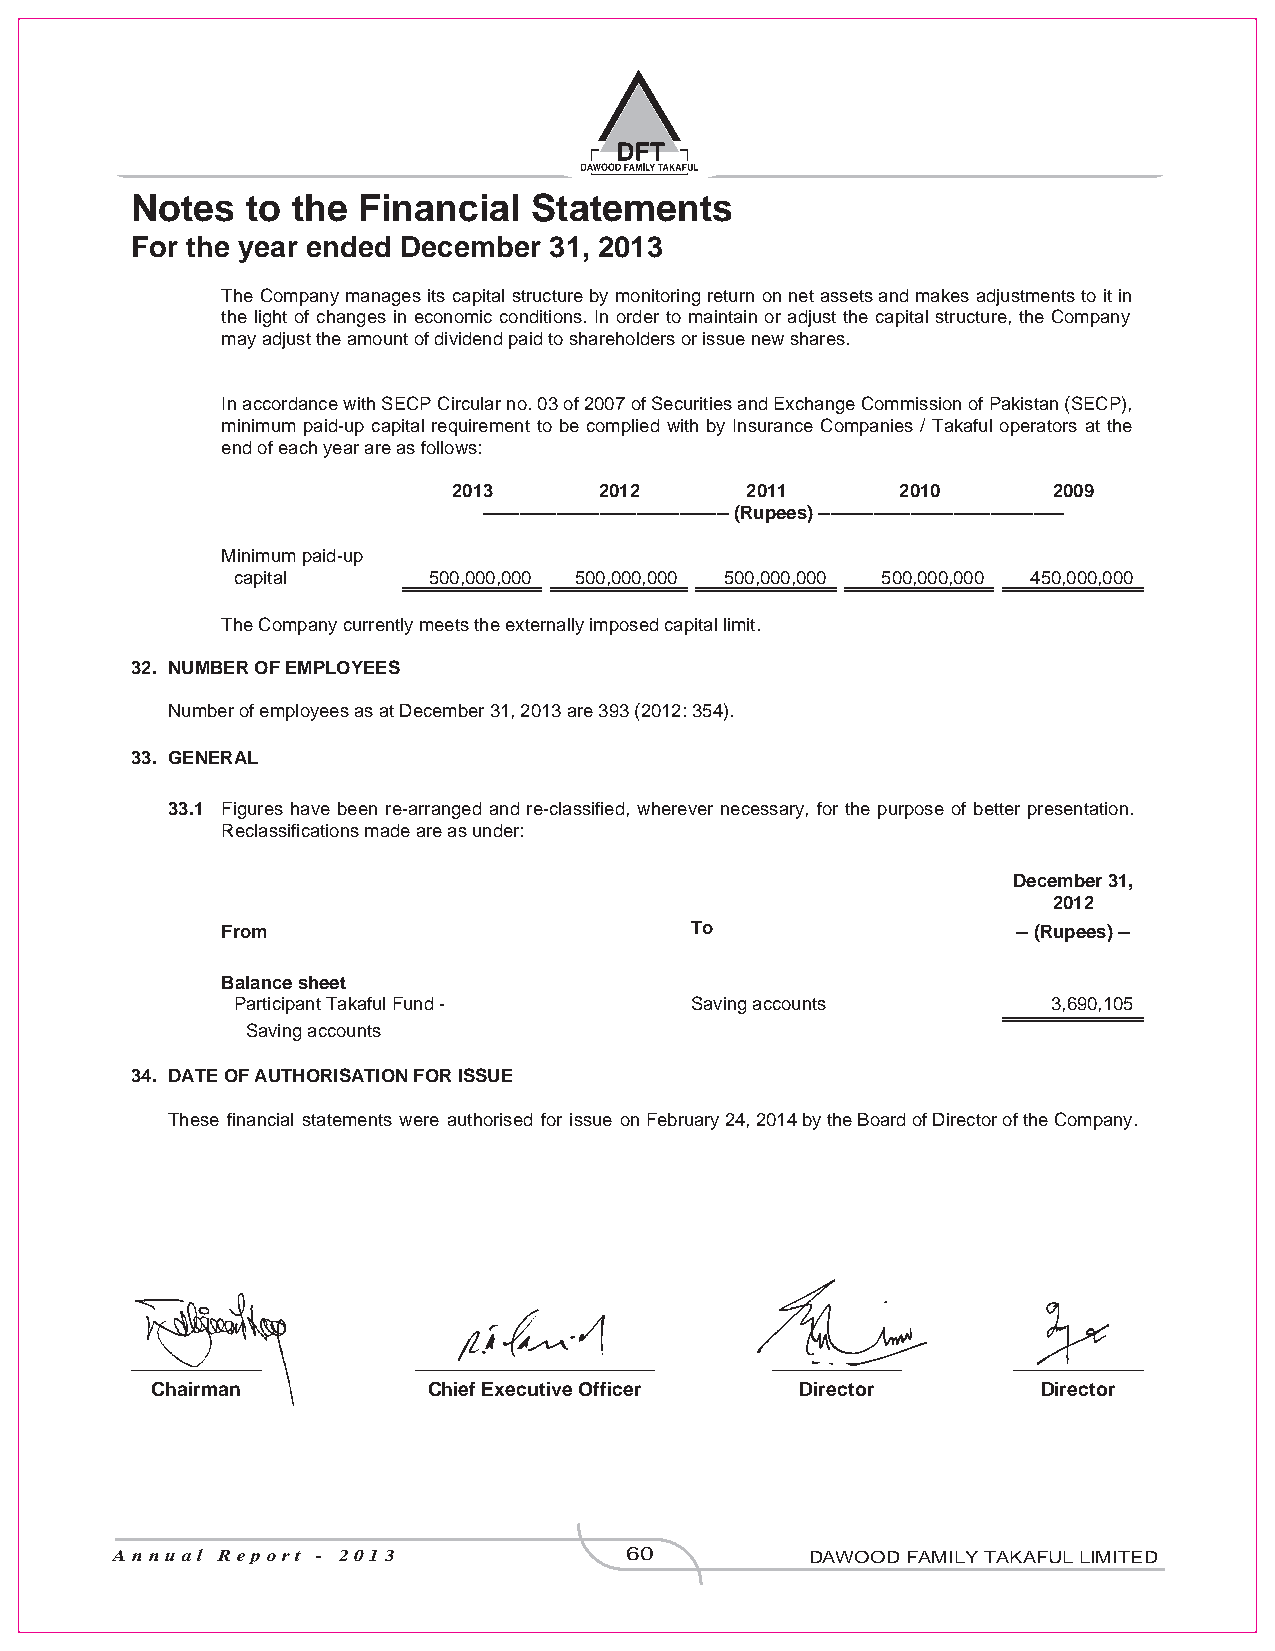
Notes  to the  Financial  Statements
 For the year ended December 31, 2013
 The Companymanages its capitalstructurebymonitoringreturn onnetassets andmakesadjustmentsto itin
 the light of changes in economic conditions. In order to maintain or adjust the capital structure, the Company
 may adjust the amount of dividend paid to shareholders or issue new shares.
 InaccordancewithSECPCircularno.03of2007ofSecuritiesandExchangeCommissionofPakistan(SECP),
 minimum paid-up capital requirement to be complied with by Insurance Companies / Takaful operators at the
 end of each year are as follows:
 2013      2012     2011       2010      2009
 ---------------------------------------- (Rupees) ----------------------------------------
 Minimum paid-up
 capital      500,000,000 500,000,000 500,000,000 500,000,000 450,000,000
 The Company currently meets the externally imposed capital limit.
 32. NUMBER OF EMPLOYEES
 Number of employees as at December 31, 2013 are 393 (2012: 354).
 33. GENERAL
 33.1 Figures have been re-arranged and re-classified, wherever necessary, for the purpose of better presentation.
 Reclassifications made are as under:
 December 31,
 2012
 From                           To                   -- (Rupees) --
 Balance sheet
 Participant Takaful Fund -     Saving accounts         3,690,105
 Saving accounts
 34. DATE OF AUTHORISATION FOR ISSUE
 These financial statements were authorised for issue on February 24, 2014 by the Board of Director of the Company.
 ____________      ______________________  ____________    ____________
 Chairman          Chief Executive Officer  Director        Director
 Annual Report - 2013             60           DAWOOD FAMILY TAKAFUL LIMITED